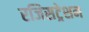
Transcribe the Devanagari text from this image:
रजिसट्रेशन